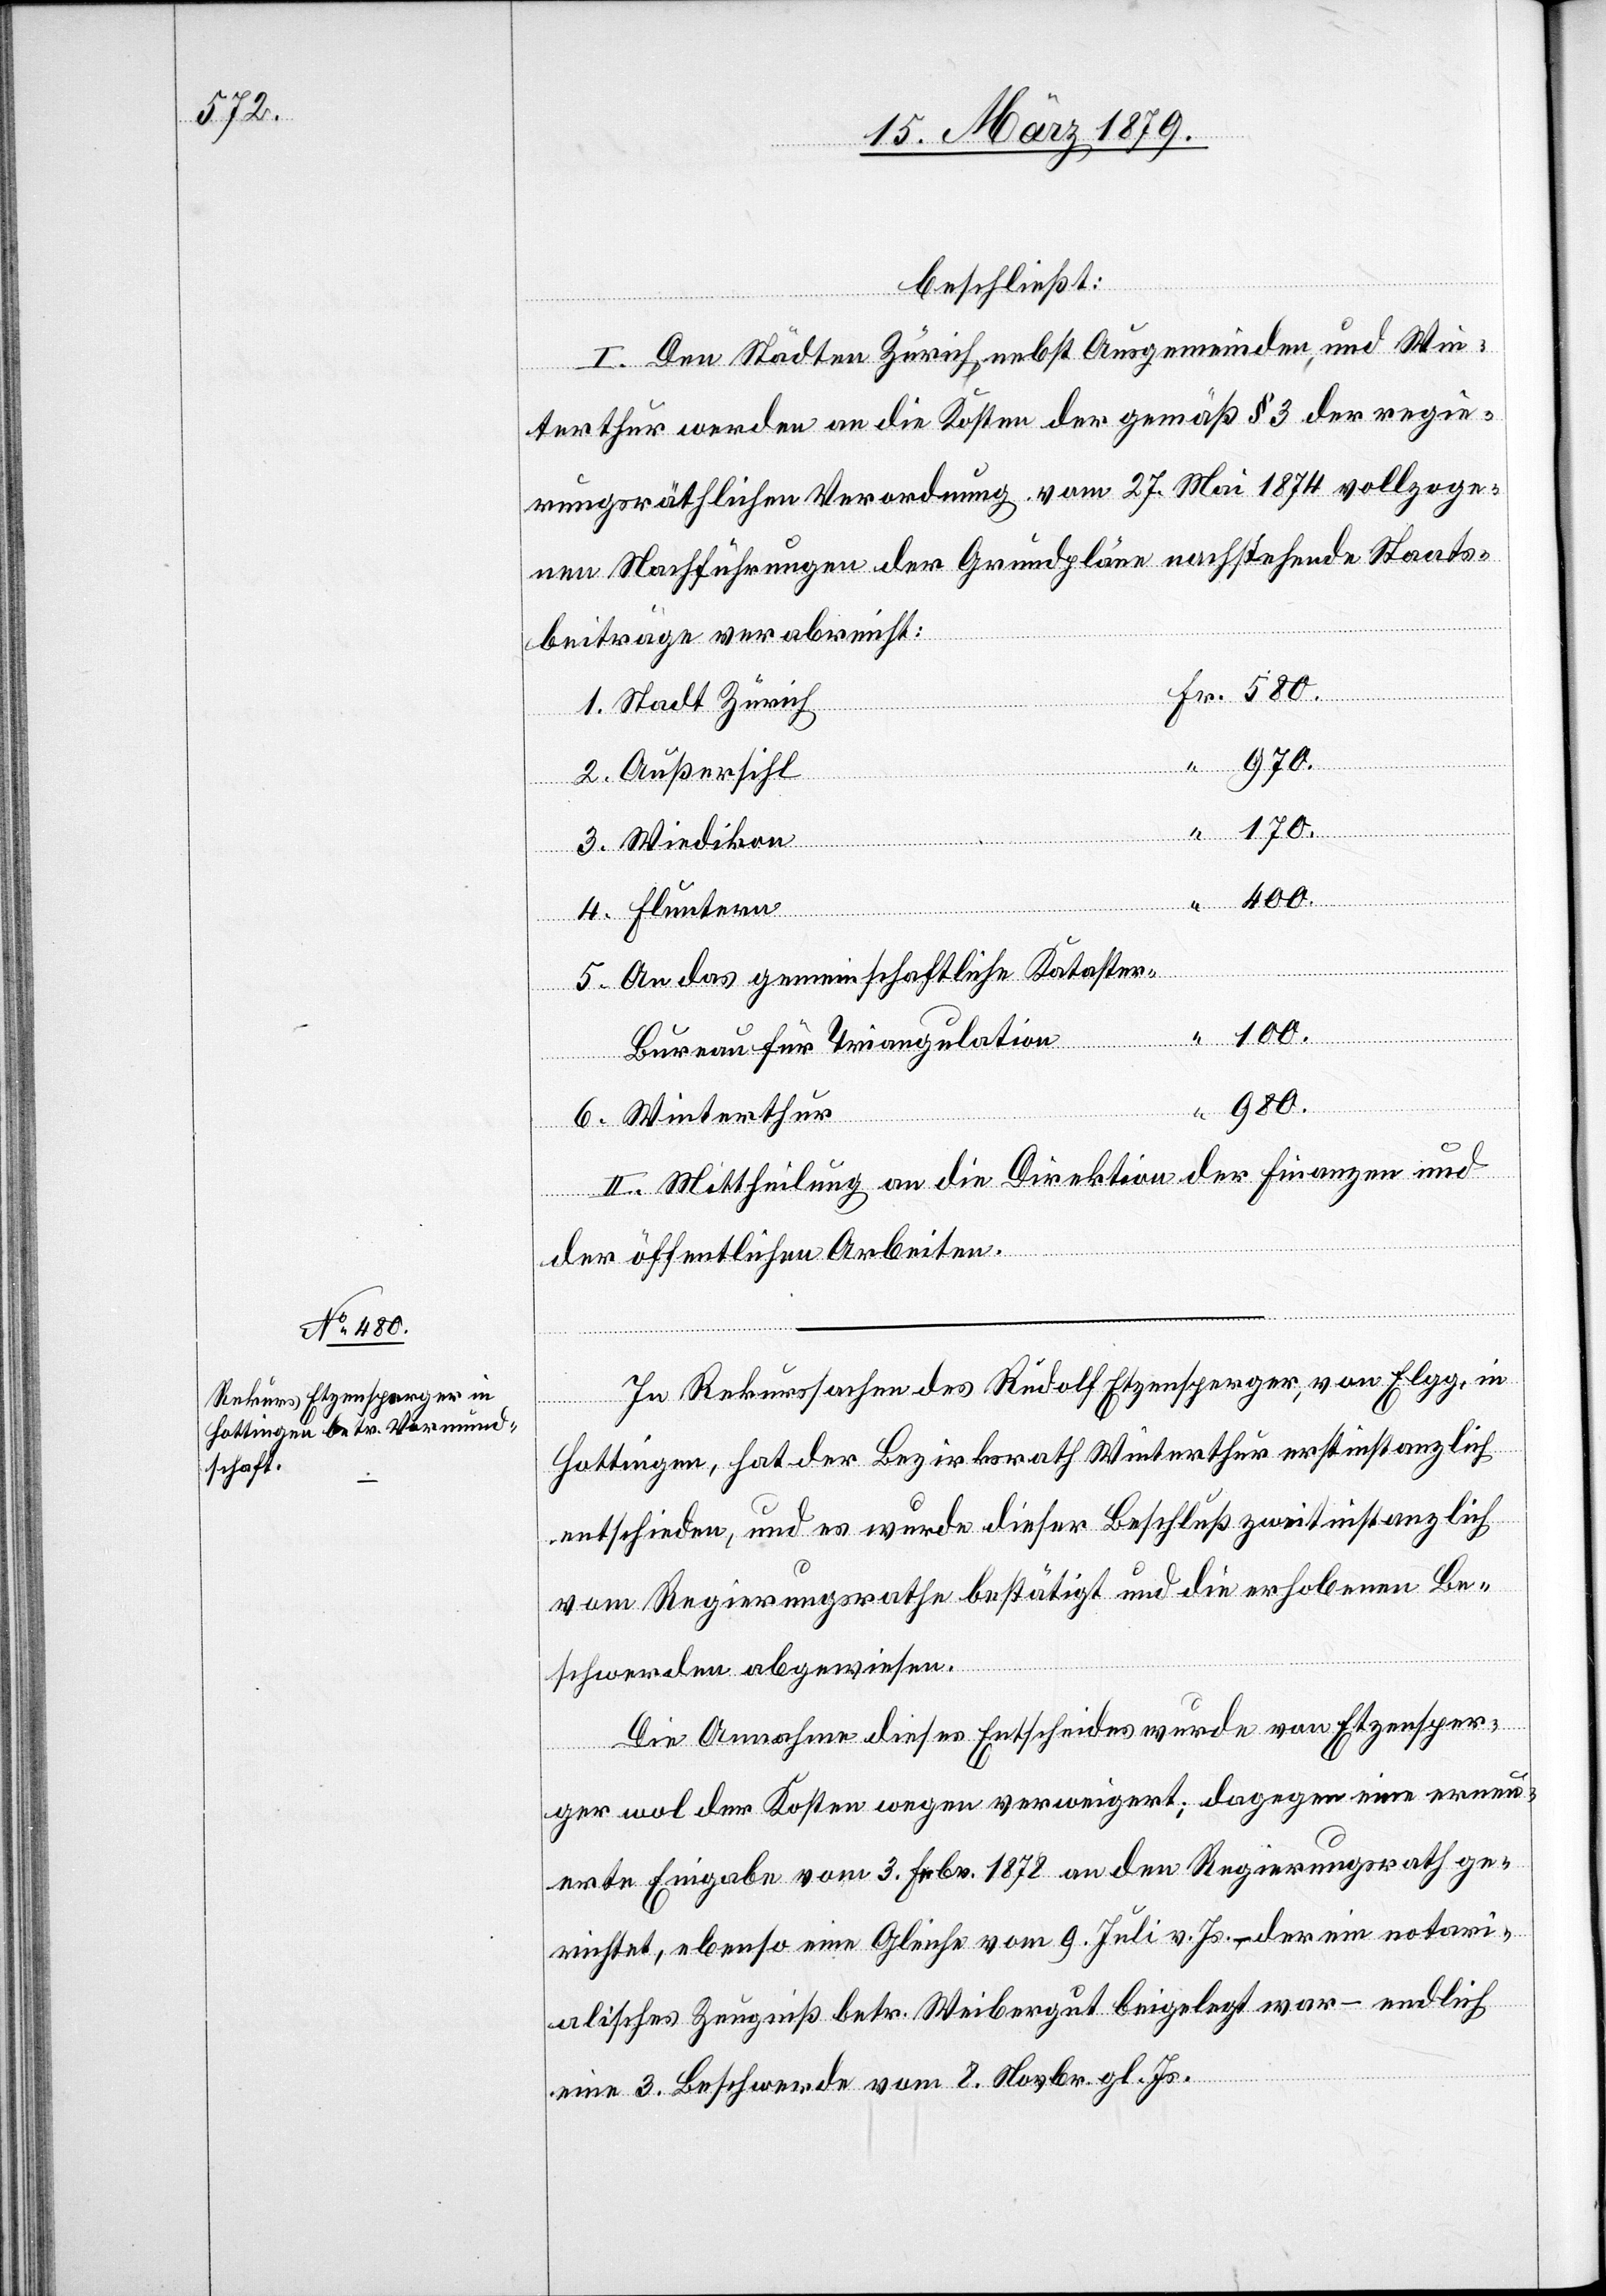
beschließt:
I. Den Städten Zürich, nebst Ausgemeinden, und Win¬
terthur werden an die Kosten der gemäß § 3 der regie¬
rungsräthlichen Verordnung vom 27. Mai 1874 vollzoge¬
nen Nachführungen der Grundpläne nachstehende Staats¬
beiträge verabreicht:
1. Stadt Zürich
2. Außersihl
“
170.
3. Wiedikon
400.
4. Fluntern
5. An das gemeinschaftliche Kataste¬
100.
r-Bureau für Triangulation
980.
6. Winterthur
II. Mittheilung an die Direktion [sic!] der Finanzen und
der öffentlichen Arbeiten.
In Rekurssachen des Rudolf Etzensperger, von Elgg, in
Hottingen, hat der Bezirksrath Winterthur erstinstanzlich
entschieden, und es wurde dieser Beschluß zweitinstanzlich
vom Regierungsrathe bestätigt und die erhobenen Be¬
schwerden abgewiesen.
Die Annahme dieses Entscheides wurde von Etzensper¬
Fr.
ger wol der Kosten wegen verweigert; dagegen eine erneu¬
erte Eingabe vom 3. Febr. 1878 an den Regierungsrath ge¬
richtet, ebenso eine Gleiche vom 9. Juli v. Js. – der ein notari¬
alisches Zeugniß betr. Weibergut beigelegt war – und endlich
eine 3. Beschwerde vom 8. Novbr. gl. Js.